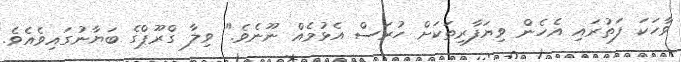
ވާހަކަ ފަތުރައި އެހެން ވިޔަފާރިތަކަށް ހުރަސް އެޅުމެއް ނޫނެވެ." ވިލާ ގްރޫޕްގެ ބަޔާނުގައިވެއެވެ.